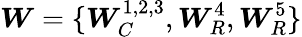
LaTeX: \boldsymbol{W}=\{ \boldsymbol{W}_{C}^{1,2,3},\boldsymbol{W}_{R}^{4},\boldsymbol{W}_{R}^{5}\}